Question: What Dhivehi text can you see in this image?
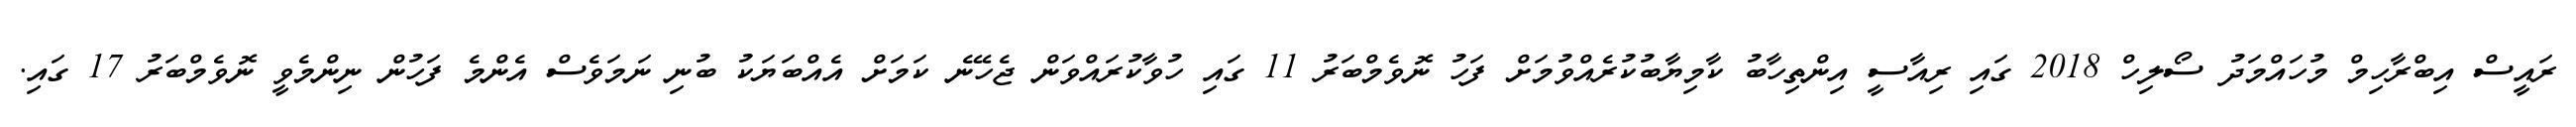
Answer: ރައީސް އިބްރާހިމް މުހައްމަދު ސޯލިހް 2018 ގައި ރިއާސީ އިންތިހާބު ކާމިޔާބުކުރެއްވުމަށް ފަހު ނޮވެމްބަރު 11 ގައި ހުވާކުރައްވަން ޖެހޭނެ ކަމަށް އެއްބަޔަކު ބުނި ނަމަވެސް އެންމެ ފަހުން ނިންމެވީ ނޮވެމްބަރު 17 ގައި.